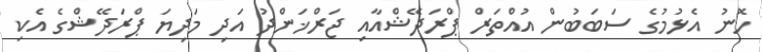
ހޮނު އެޅުމުގެ ސަބަބުން އުއްތަރް ޕްރަދޭޝްއާއި ޖަރްޚަންދު އަދި މަދިޔަ ޕްރަދޭޝްގެ އެކި